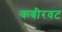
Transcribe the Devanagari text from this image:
कबीरवट